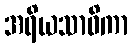
အရိယသာဝိကာ